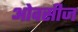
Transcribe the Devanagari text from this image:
ओवसीज